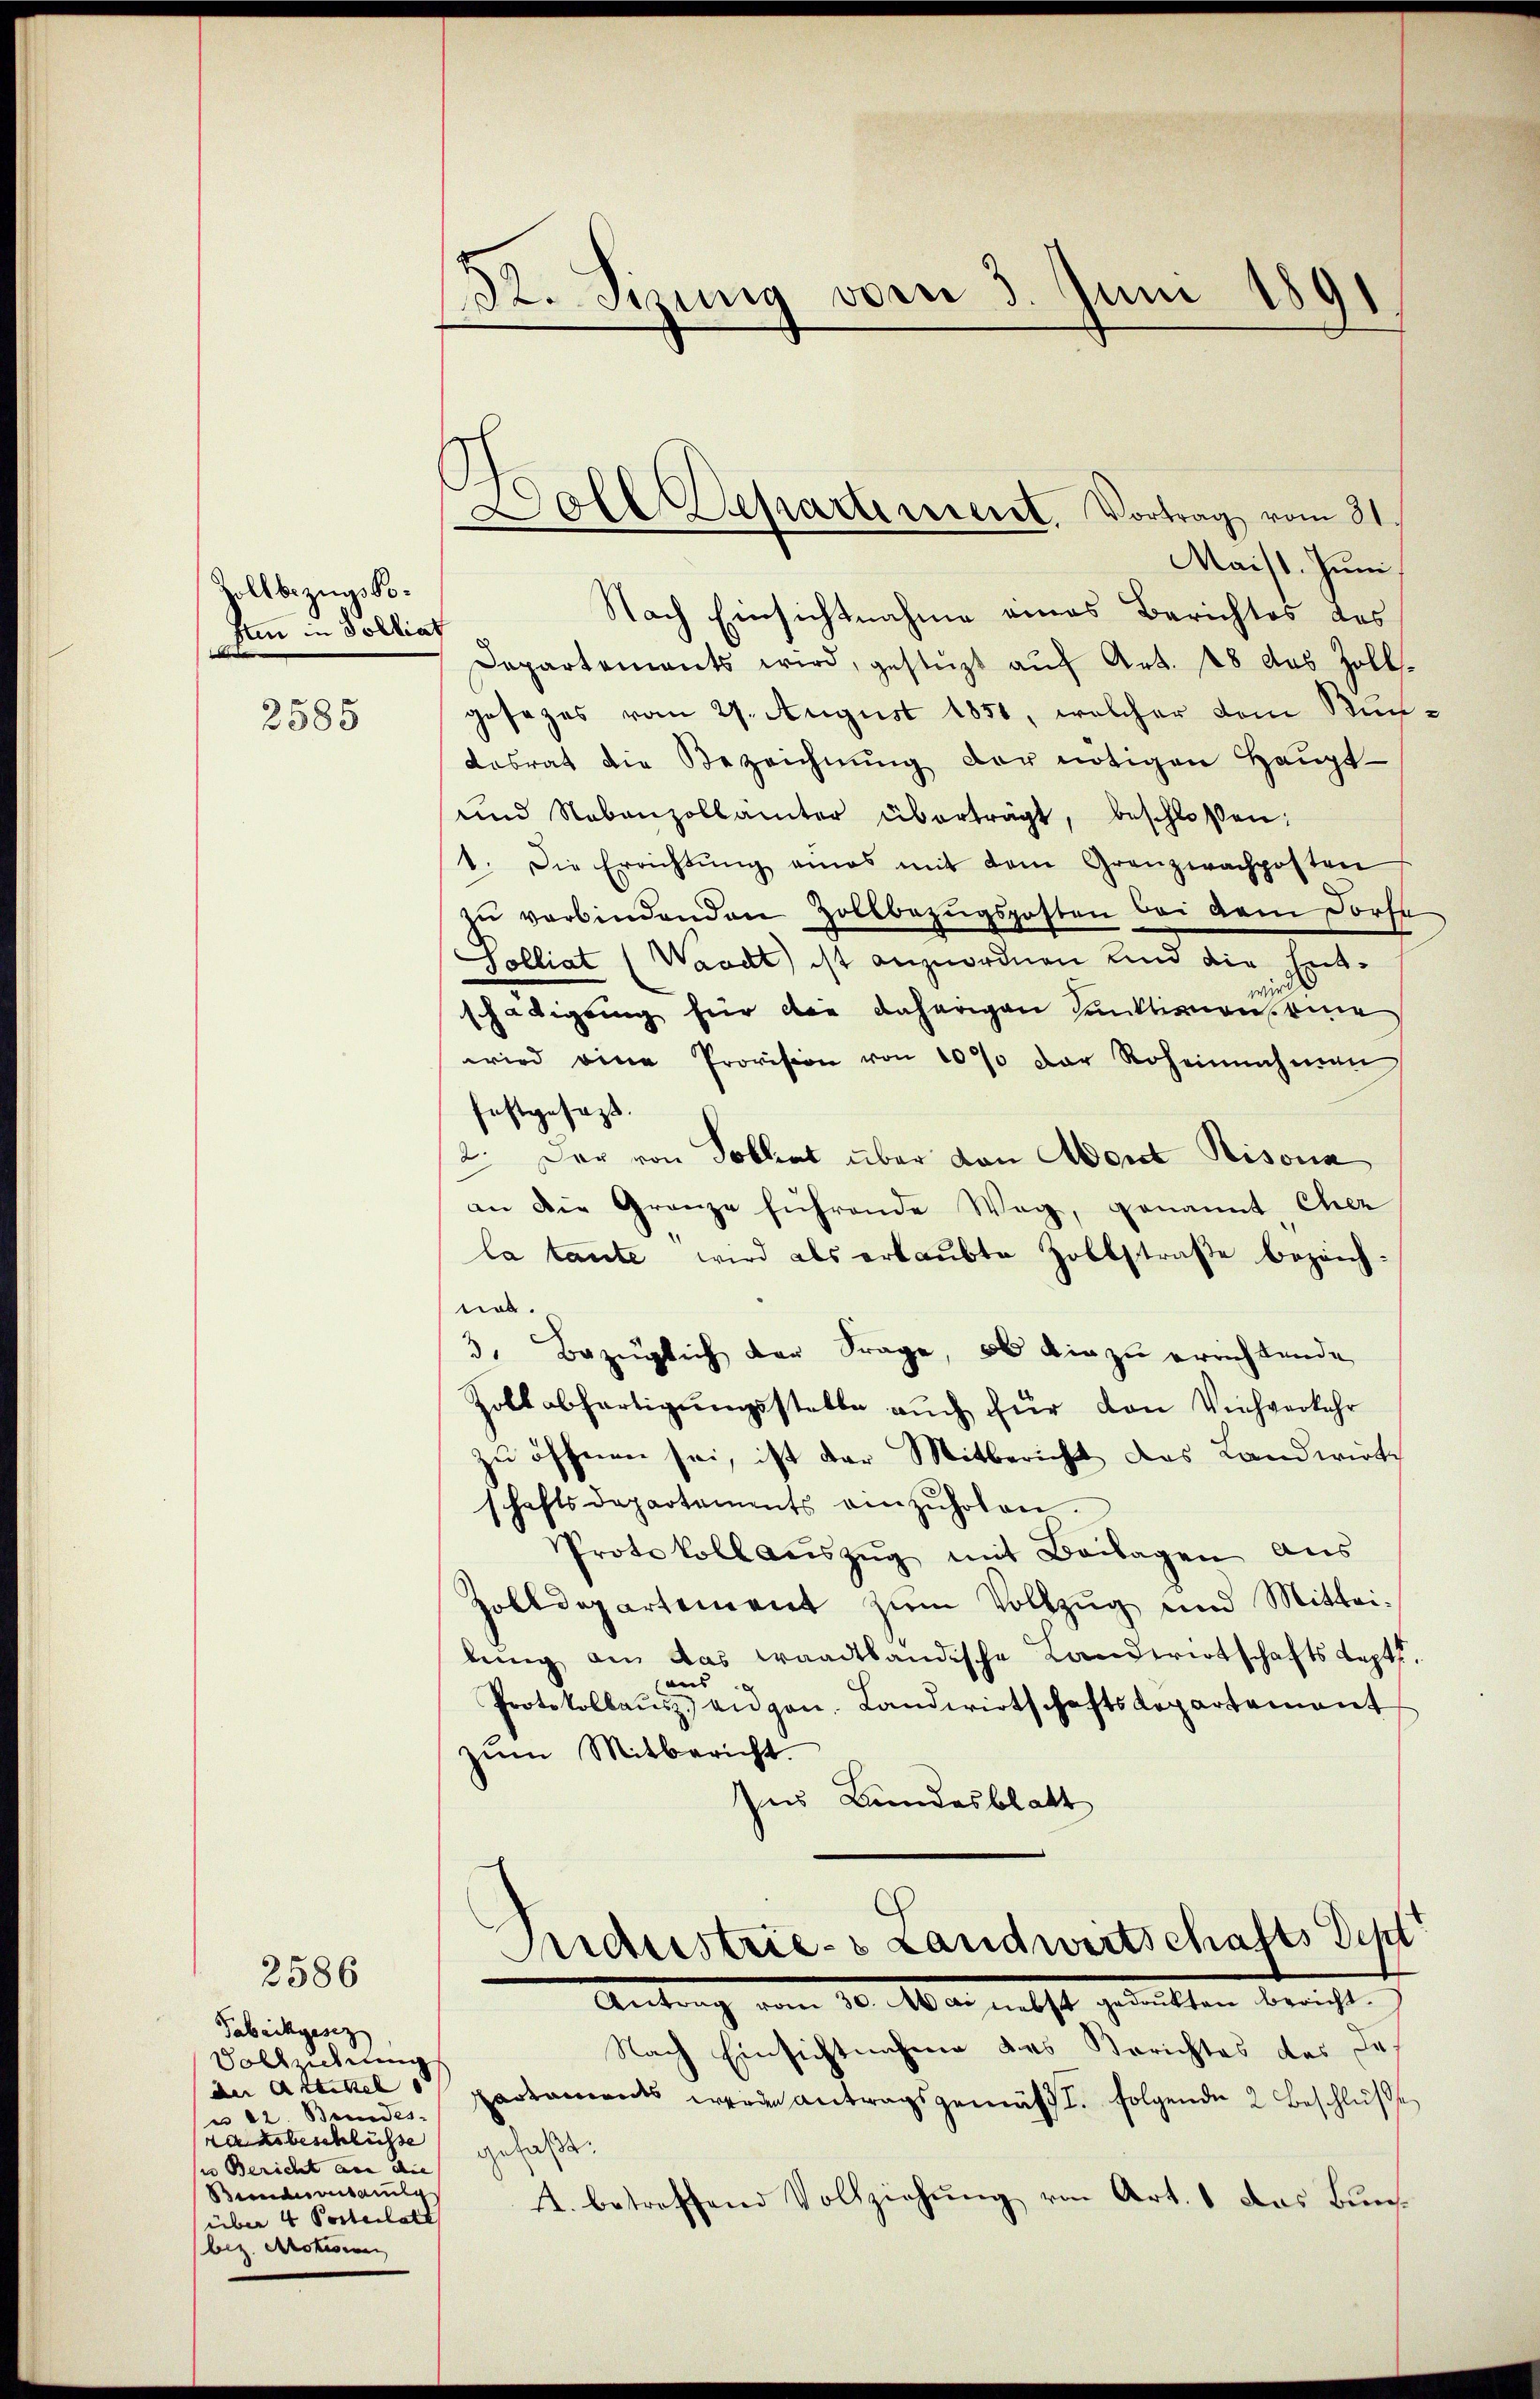
Zollbezugs Kostin in Solliat

2585

2586

Fabrikgesez
Vollzudring
u 22. Bundes-
ahsbeschlüsse |
i Bericht an die |
Bundesvertaus
über 4 Porteilett
bez. Motivinen

32. Sizung vom 3. Juni 1891

Boll Departerient. Vortrag vom 31.

Maist. Juni
Nach Einsichtnahme eines Berichtes des
Departements wird, gestüzt auf Art. 28 des Zollgesezes vom 27. August 1850, welcher dem Bundesrat die Bezeichnung der nötigen Haupt¬
und Nebenzollämter überträgt, beschlossen:
1. Die Errichtŭng eines mit dem Granzwachposten
zŭ verbindenden Zollbezŭgsposten bei dem Forst
Zolliat (Waadt) ist anzuordnen und die Ent-
wird
schädigung für die daherigen Sanktionen, eine
wird eine Provision von 10% der Roheinnahmen
festgesezt.
2. Der von Toblert über den Abort Risona
an die Granze führende Weg, genannt Cher
la taute wird als erlaubte Zollstraße bezeich-
nor.
3. Bezüglich der Frage, ob die zu errichtende
Zollabfertigungsstelle auch für von Viehverkehr
zu öffnen sei, ist der Mitbericht des Landwirt
schaftsdepartements einzŭholen.
Protokoll aŭszŭg mit Beilagen aus
Zolldepartement zum Vollzug und Mitteilung an das waadtländische Landwirtschafts Sept.
aus
Protokollaŭs angen. Landwirtschaftsdepartement
zŭm Mitbericht.
Ins Bundesblatt
Sudustries Landwertschafts Dep
Antrag vom 10. Mai nicht gewitten berichten
Nach Einsichtnahme des Berichtes des Inder Artikel Pestamens werden Antragsgemäss I. folgende 2. Beschlüße
gefaßt
A. betreffend Vollziehung von Art. 1 das Bun¬